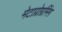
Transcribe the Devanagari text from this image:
मेटाप्रोग्रमिंग